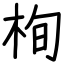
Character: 栒